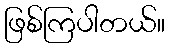
ဖြစ်ကြပါတယ်။